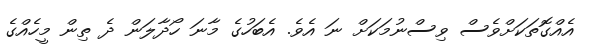
އެއްގޮތަކަށްވެސް ވިސްނުމަކަށް ނަ އެވެ. އެބަހުގެ މާނަ ހޯދާލަން ދެ ތިން މީހެއްގެ